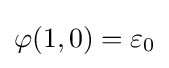
\varphi (1,0)=\varepsilon _{0}